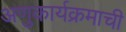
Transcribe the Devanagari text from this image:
अणुकार्यक्रमाची